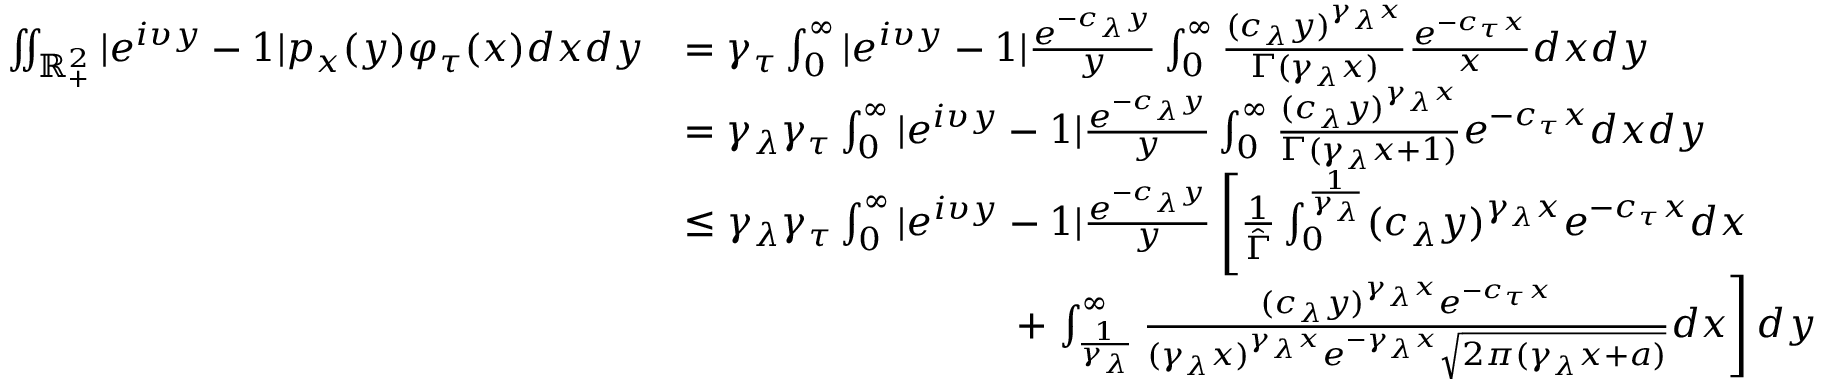
\begin{array} { r l } { \iint _ { { \mathbb R } _ { + } ^ { 2 } } | e ^ { i \upsilon y } - 1 | p _ { x } ( y ) \varphi _ { \tau } ( x ) d x d y } & { = \gamma _ { \tau } \int _ { 0 } ^ { \infty } | e ^ { i \upsilon y } - 1 | \frac { e ^ { - c _ { \lambda } y } } { y } \int _ { 0 } ^ { \infty } \frac { ( c _ { \lambda } y ) ^ { \gamma _ { \lambda } x } } { \Gamma ( \gamma _ { \lambda } x ) } \frac { e ^ { - c _ { \tau } x } } { x } d x d y } \\ & { = \gamma _ { \lambda } \gamma _ { \tau } \int _ { 0 } ^ { \infty } | e ^ { i \upsilon y } - 1 | \frac { e ^ { - c _ { \lambda } y } } { y } \int _ { 0 } ^ { \infty } \frac { ( c _ { \lambda } y ) ^ { \gamma _ { \lambda } x } } { \Gamma ( \gamma _ { \lambda } x + 1 ) } e ^ { - c _ { \tau } x } d x d y } \\ & { \leq \gamma _ { \lambda } \gamma _ { \tau } \int _ { 0 } ^ { \infty } | e ^ { i \upsilon y } - 1 | \frac { e ^ { - c _ { \lambda } y } } { y } \left[ \frac { 1 } { \hat { \Gamma } } \int _ { 0 } ^ { \frac { 1 } { \gamma _ { \lambda } } } ( c _ { \lambda } y ) ^ { \gamma _ { \lambda } x } e ^ { - c _ { \tau } x } d x \right. } \\ & { \ \ \ \ \ \ \ \ \ \ \ \ \ \qquad \qquad + \left. \int _ { \frac { 1 } { \gamma _ { \lambda } } } ^ { \infty } \frac { ( c _ { \lambda } y ) ^ { \gamma _ { \lambda } x } e ^ { - c _ { \tau } x } } { ( \gamma _ { \lambda } x ) ^ { \gamma _ { \lambda } x } e ^ { - \gamma _ { \lambda } x } \sqrt { 2 \pi ( \gamma _ { \lambda } x + a ) } } d x \right] d y } \end{array}